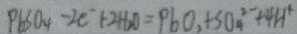
P b S O _ { 4 } - 2 c ^ { - } + 2 H _ { 2 } O = P b O _ { 2 } + S O _ { 4 } ^ { 2 - } + 4 H ^ { + }